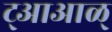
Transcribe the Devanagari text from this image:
ट्आआळ्